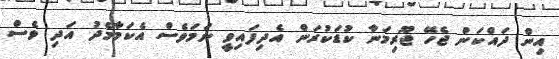
އިން ދައްކަން ޖެހޭ ޖޫރިމަނާ ކުޑަކުރަން އެދިފައިވީ ނަަމަވެސް އެކަމާމެދު އަދި ވެސް